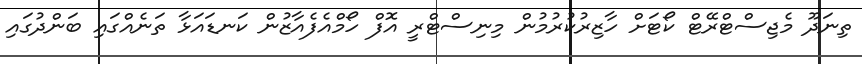
ތިނަދޫ މެޖިސްޓްރޭޓް ކޯޓަށް ހާޒިރުކުރުމުން މިނިސްޓްރީ އޮފް ހޯމްއެފެއާޒުން ކަނޑައަޅާ ތަނެއްގައި ބަންދުގައި